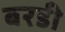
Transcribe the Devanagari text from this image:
बरडी